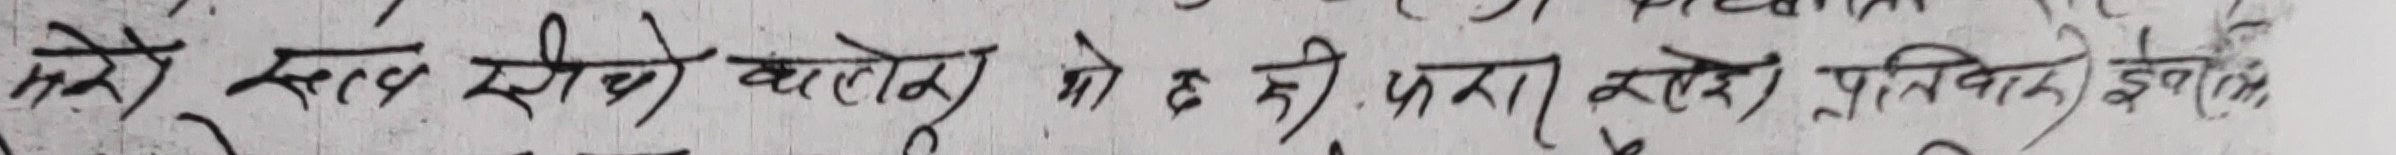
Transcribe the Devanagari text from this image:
मने स्वास सींचे वालों को ही करा रहे। प्रतिविक्ति इकोति